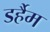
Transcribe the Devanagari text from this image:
डर्हैम